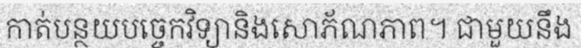
កាត់បន្ថយបច្ចេកវិទ្យានិងសោភ័ណភាព។ ជាមួយនឹង